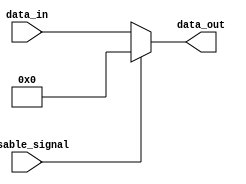
module DisableBlock (
    input wire disable_signal,  // Control Signal
    input wire [N-1:0] data_in, // Input Data (N-bit wide)
    output reg [N-1:0] data_out  // Output Data (N-bit wide)
);
    parameter N = 8; // Define the width of the data (can be changed as needed)

    always @(*) begin
        if (disable_signal) begin
            // When disable_signal is high (1), hold the output at a predefined state (logic low)
            data_out = {N{1'b0}}; // Set output to all zeros
        end else begin
            // When disable_signal is low (0), output the input data
            data_out = data_in; // Pass through the input data
        end
    end
endmodule